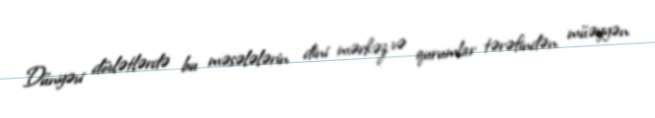
Dünyəvi dövlətlərdə bu məsələlərin dini mərkəz və qurumlar tərəfindən müəyyən